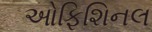
ઓફિશિનલ